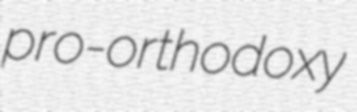
pro-orthodoxy